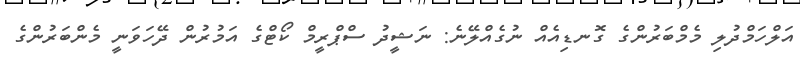
އަލްހަމްދުލި މެމްބަރުންގެ ގޮނޑިއެއް ނުގެއްލޭނެ: ނަޝީދު ސްޕްރީމް ކޯޓްގެ އަމުރުން ދޭހަވަނީ މެންބަރުންގެ